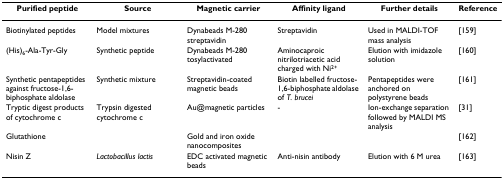
<table><thead><tr><td><b>Purified peptide</b></td><td><b>Source</b></td><td><b>Magnetic carrier</b></td><td><b>Affinity ligand</b></td><td><b>Further details</b></td><td><b>Reference</b></td></tr></thead><tbody><tr><td>Biotinylated peptides</td><td>Model mixtures</td><td>Dynabeads M-280 streptavidin</td><td>Streptavidin</td><td>Used in MALDI-TOF mass analysis</td><td>[159]</td></tr><tr><td>(His)<sub>6</sub>-Ala-Tyr-Gly</td><td>Synthetic peptide</td><td>Dynabeads M-280 tosylactivated</td><td>Aminocaproic nitrilotriacetic acid charged with Ni<sup>2+</sup></td><td>Elution with imidazole solution</td><td>[160]</td></tr><tr><td>Synthetic pentapeptides against fructose-1,6-biphosphate aldolase</td><td>Synthetic mixture</td><td>Streptavidin-coated magnetic beads</td><td>Biotin labelled fructose-1,6-biphosphate aldolase of <i>T. brucei</i></td><td>Pentapeptides were anchored on polystyrene beads</td><td>[161]</td></tr><tr><td>Tryptic digest products of cytochrome c</td><td>Trypsin digested cytochrome c</td><td>Au@magnetic particles</td><td>-</td><td>Ion-exchange separation followed by MALDI MS analysis</td><td>[31]</td></tr><tr><td>Glutathione</td><td></td><td>Gold and iron oxide nanocomposites</td><td></td><td></td><td>[162]</td></tr><tr><td>Nisin Z</td><td><i>Lactobacillus lactis</i></td><td>EDC activated magnetic beads</td><td>Anti-nisin antibody</td><td>Elution with 6 M urea</td><td>[163]</td></tr></tbody></table>